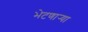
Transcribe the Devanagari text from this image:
भेटणार्‍या